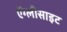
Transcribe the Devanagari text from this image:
ऐंग्लीसाइट